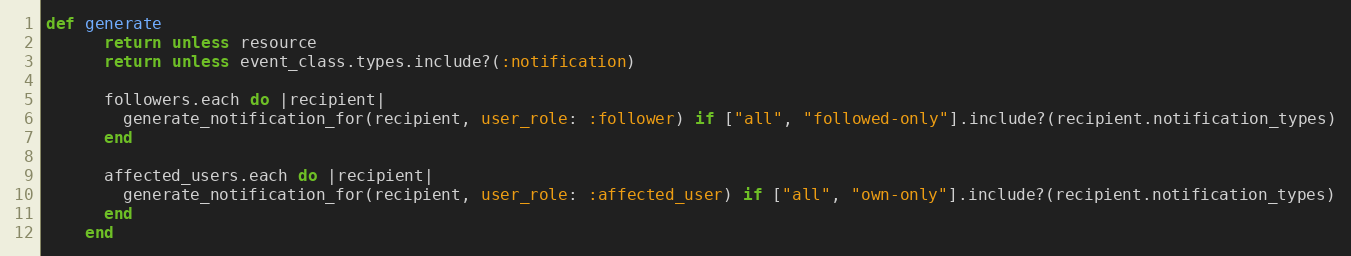
Language: Ruby
def generate
      return unless resource
      return unless event_class.types.include?(:notification)

      followers.each do |recipient|
        generate_notification_for(recipient, user_role: :follower) if ["all", "followed-only"].include?(recipient.notification_types)
      end

      affected_users.each do |recipient|
        generate_notification_for(recipient, user_role: :affected_user) if ["all", "own-only"].include?(recipient.notification_types)
      end
    end